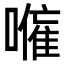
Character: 𭋕